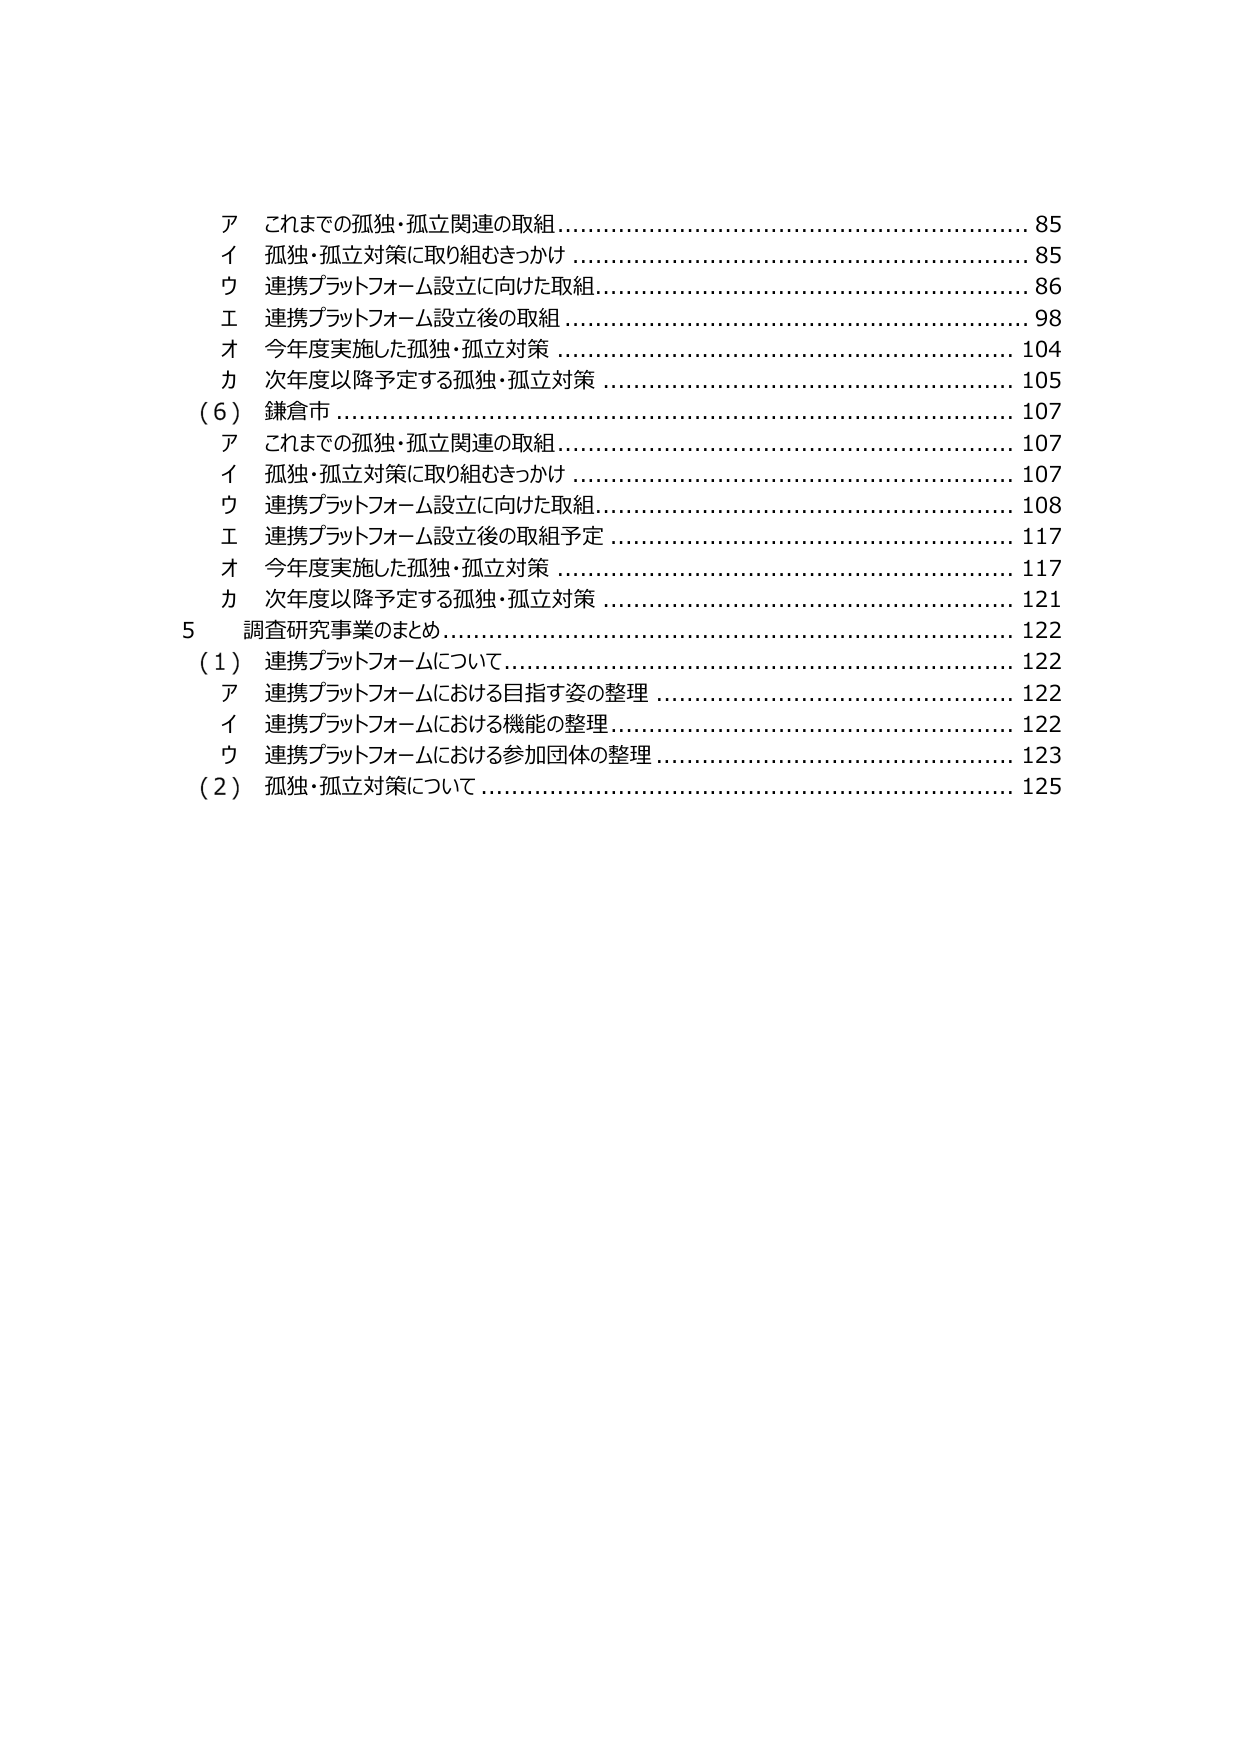
ア これまでの孤独・孤立関連の取組………………………………………………… 85
イ 孤独・孤立対策に取り組むきっかけ ……………………………………………… 85
ウ 連携プラットフォーム設立に向けた取組………………………………………… 86
エ 連携プラットフォーム設立後の取組 …………………………………………… 98
オ 今年度実施した孤独・孤立対策 ………………………………………………… 104
カ 次年度以降予定する孤独・孤立対策 …………………………………………… 105
（６）鎌倉市 …………………………………………………………………………… 107
　ア これまでの孤独・孤立関連の取組……………………………………………… 107
　イ 孤独・孤立対策に取り組むきっかけ …………………………………………… 107
　ウ 連携プラットフォーム設立に向けた取組………………………………………… 108
　エ 連携プラットフォーム設立後の取組予定 ………………………………………… 117
　オ 今年度実施した孤独・孤立対策 ………………………………………………… 117
　カ 次年度以降予定する孤独・孤立対策 …………………………………………… 121
５ 調査研究事業のまとめ …………………………………………………………… 122
（１） 連携プラットフォームについて………………………………………………… 122
　ア 連携プラットフォームにおける目指す姿の整理 ……………………………… 122
　イ 連携プラットフォームにおける機能の整理 …………………………………… 122
　ウ 連携プラットフォームにおける参加団体の整理 ……………………………… 123
（２） 孤独・孤立対策について ……………………………………………………… 125